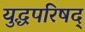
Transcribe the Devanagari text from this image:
युद्धपरिषद्